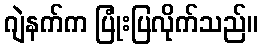
ဂျဲနက်က ပြုံးပြလိုက်သည်။